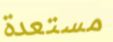
مستعدة